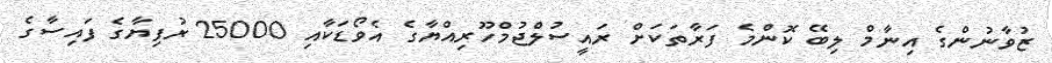
ޒުވާނުންގެ އިނާމް ލިބޭ ކޮންމެ ފަރާތަކަށް ރައީސުލްޖުމްހޫރިއްޔާގެ އެވޯޑަކާއި 25000 ރުފިޔާގެ ފައިސާގެ